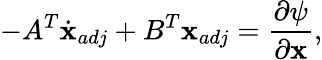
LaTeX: -A^{T}\dot{\textbf{x}}_{adj}+B^{T}\textbf{x}_{adj}=\frac{\partial\psi}{\partial\textbf{x}},